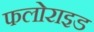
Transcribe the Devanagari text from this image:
फलोराइड